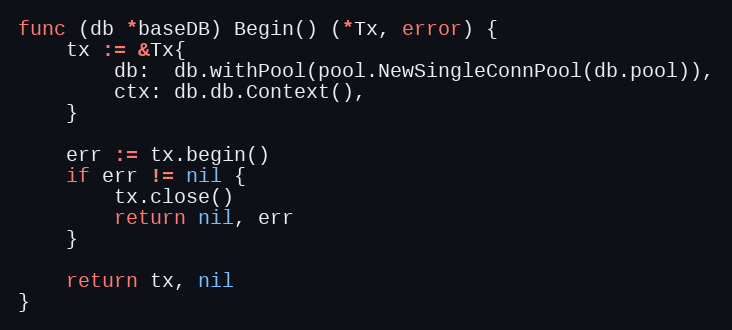
Language: Go
func (db *baseDB) Begin() (*Tx, error) {
	tx := &Tx{
		db:  db.withPool(pool.NewSingleConnPool(db.pool)),
		ctx: db.db.Context(),
	}

	err := tx.begin()
	if err != nil {
		tx.close()
		return nil, err
	}

	return tx, nil
}